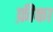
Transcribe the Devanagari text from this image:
फ़ीका